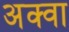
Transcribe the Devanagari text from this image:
अक्वा